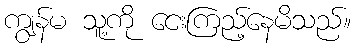
ကျွန်မ သူ့ကို ငေးကြည့်နေမိသည်။